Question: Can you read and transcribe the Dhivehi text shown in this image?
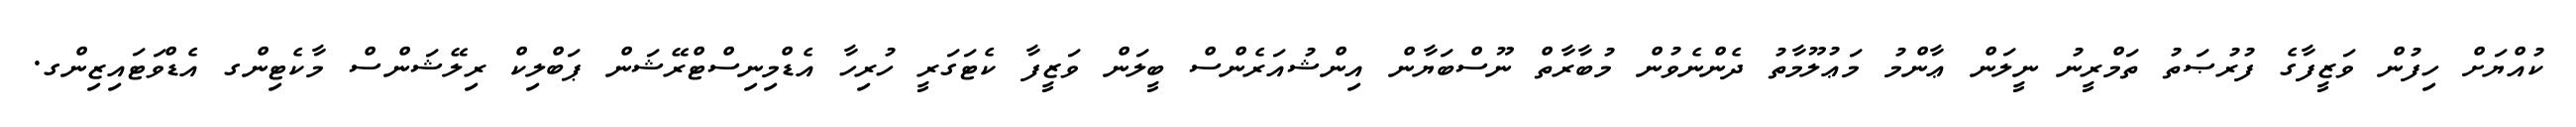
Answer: ކުއްޔަށް ހިފުން ވަޒީފާގެ ފުރުޞަތު ތަމްރީނު ނީލަން ޢާންމު މަޢުލޫމާތު ދެންނެވުން މުބާރާތް ނޫސްބަޔާން އިންޝުއަރެންސް ބީލަން ވަޒީފާ ކެޓަގަރީ ހުރިހާ އެޑްމިނިސްޓްރޭޝަން ޕަބްލިކް ރިލޭޝަންސް މާކެޓިންގ އެޑްވަޓައިޒިންގ.